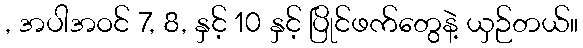
, အပါအဝင် 7, 8, နှင့် 10 နှင့် ပြိုင်ဖက်တွေနဲ့ ယှဉ်တယ်။